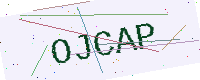
Text: OJCAP